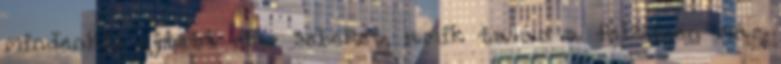
mindenkin ejtett már sebeket, amik talán a felszínen már